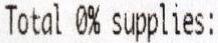
TOTAL 0% SUPPLIES: